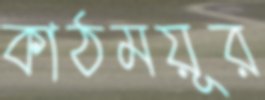
কাঠময়ূর